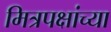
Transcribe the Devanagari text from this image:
मित्रपक्षांच्या